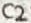
Text: C2